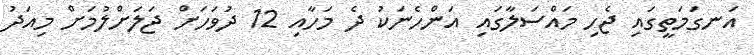
އަނގަމަތީގައި ޖެހި މައްސަލާގައި އަންހެނަކު ދެ މަހާއި 12 ދުވަހަށް ޖަލަށްލުމަށް މިއަދު